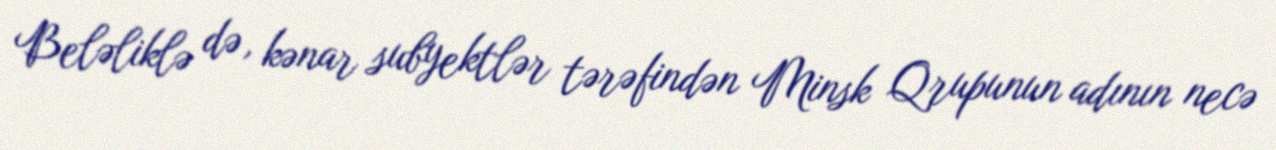
Beləliklə də, kənar subyektlər tərəfindən Minsk Qrupunun adının necə